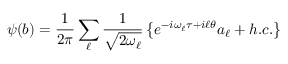
\psi ( b ) = \frac { 1 } { 2 \pi } \sum _ { \ell } \frac { 1 } { \sqrt { 2 \omega _ { \ell } } } \left\lbrace e ^ { - i \omega _ { \ell } \tau + i \ell \theta } a _ { \ell } + h . c . \right\rbrace